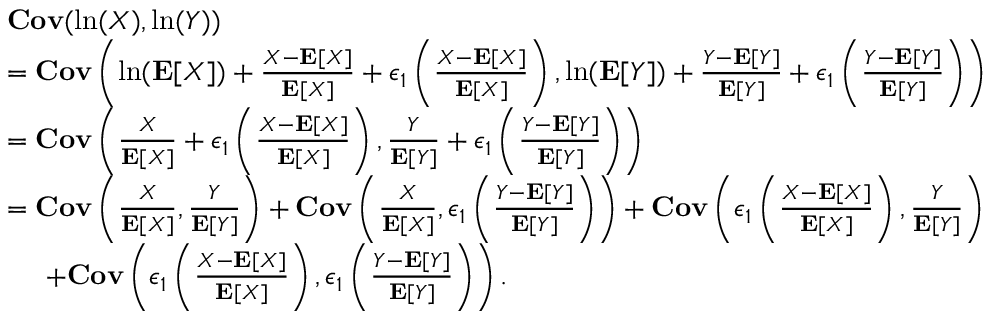
\begin{array} { r l } & { { \mathbf { C o v } } ( \ln ( X ) , \ln ( Y ) ) } \\ & { = { \mathbf { C o v } } \left( \ln ( \mathbf { E } [ X ] ) + \frac { X - \mathbf { E } [ X ] } { \mathbf { E } [ X ] } + \epsilon _ { 1 } \left( \frac { X - \mathbf { E } [ X ] } { \mathbf { E } [ X ] } \right) , \ln ( \mathbf { E } [ Y ] ) + \frac { Y - \mathbf { E } [ Y ] } { \mathbf { E } [ Y ] } + \epsilon _ { 1 } \left( \frac { Y - \mathbf { E } [ Y ] } { \mathbf { E } [ Y ] } \right) \right) } \\ & { = { \mathbf { C o v } } \left( \frac { X } { \mathbf { E } [ X ] } + \epsilon _ { 1 } \left( \frac { X - \mathbf { E } [ X ] } { \mathbf { E } [ X ] } \right) , \frac { Y } { \mathbf { E } [ Y ] } + \epsilon _ { 1 } \left( \frac { Y - \mathbf { E } [ Y ] } { \mathbf { E } [ Y ] } \right) \right) } \\ & { = { \mathbf { C o v } } \left( \frac { X } { \mathbf { E } [ X ] } , \frac { Y } { \mathbf { E } [ Y ] } \right) + { \mathbf { C o v } } \left( \frac { X } { \mathbf { E } [ X ] } , \epsilon _ { 1 } \left( \frac { Y - \mathbf { E } [ Y ] } { \mathbf { E } [ Y ] } \right) \right) + { \mathbf { C o v } } \left( \epsilon _ { 1 } \left( \frac { X - \mathbf { E } [ X ] } { \mathbf { E } [ X ] } \right) , \frac { Y } { \mathbf { E } [ Y ] } \right) } \\ & { \; \; \; \; \; + { \mathbf { C o v } } \left( \epsilon _ { 1 } \left( \frac { X - \mathbf { E } [ X ] } { \mathbf { E } [ X ] } \right) , \epsilon _ { 1 } \left( \frac { Y - \mathbf { E } [ Y ] } { \mathbf { E } [ Y ] } \right) \right) . } \end{array}